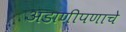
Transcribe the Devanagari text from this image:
अडाणीपणाचे